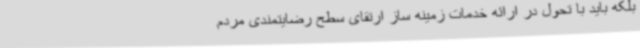
بلکه باید با تحول در ارائه خدمات زمینه ساز ارتقای سطح رضایتمندی مردم